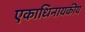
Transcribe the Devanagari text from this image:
एकाधिनायकीय